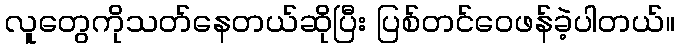
လူတွေကိုသတ်နေတယ်ဆိုပြီး ပြစ်တင်ဝေဖန်ခဲ့ပါတယ်။